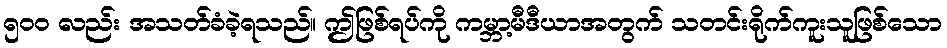
၅၀၀ လည်း အသတ်ခံခဲ့ရသည်။ ဤဖြစ်ရပ်ကို ကမ္ဘာ့မီဒီယာအတွက် သတင်းရိုက်ကူးသူဖြစ်သော